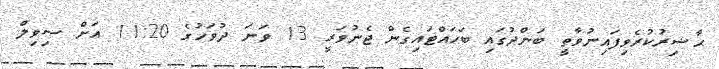
ޙާޟިރުކުރެވިފައިނުވާތީ ބަންދުގައި ބަހައްޓައިގެން ޖެނުވަރީ 13 ވަނަ ދުވަހުގެ 11:20 އަށް ސިވިލް